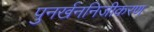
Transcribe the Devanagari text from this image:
पुनर्खननिजीकरण